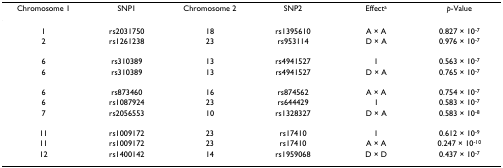
<table><thead><tr><td><b>Chromosome 1</b></td><td><b>SNP1</b></td><td><b>Chromosome 2</b></td><td><b>SNP2</b></td><td><b>Effect<sup>a</sup></b></td><td><b><i>p</i>-Value</b></td></tr></thead><tbody><tr><td>1</td><td>rs2031750</td><td>18</td><td>rs1395610</td><td>A × A</td><td>0.827 × 10<sup>-7</sup></td></tr><tr><td>2</td><td>rs1261238</td><td>23</td><td>rs953114</td><td>D × A</td><td>0.976 × 10<sup>-7</sup></td></tr><tr><td>6</td><td>rs310389</td><td>13</td><td>rs4941527</td><td>I</td><td>0.563 × 10<sup>-7</sup></td></tr><tr><td>6</td><td>rs310389</td><td>13</td><td>rs4941527</td><td>D × A</td><td>0.765 × 10<sup>-7</sup></td></tr><tr><td>6</td><td>rs873460</td><td>16</td><td>rs874562</td><td>A × A</td><td>0.754 × 10<sup>-7</sup></td></tr><tr><td>6</td><td>rs1087924</td><td>23</td><td>rs644429</td><td>I</td><td>0.583 × 10<sup>-7</sup></td></tr><tr><td>7</td><td>rs2056553</td><td>10</td><td>rs1328327</td><td>D × A</td><td>0.583 × 10<sup>-8</sup></td></tr><tr><td>11</td><td>rs1009172</td><td>23</td><td>rs17410</td><td>I</td><td>0.612 × 10<sup>-9</sup></td></tr><tr><td>11</td><td>rs1009172</td><td>23</td><td>rs17410</td><td>A × A</td><td>0.247 × 10<sup>-10</sup></td></tr><tr><td>12</td><td>rs1400142</td><td>14</td><td>rs1959068</td><td>D × D</td><td>0.437 × 10<sup>-7</sup></td></tr></tbody></table>